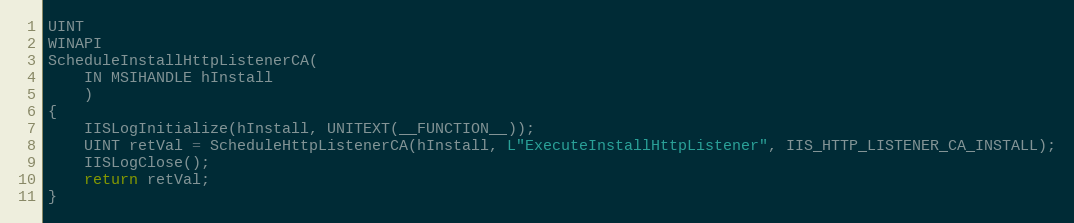
Language: C++
UINT
WINAPI
ScheduleInstallHttpListenerCA(
    IN MSIHANDLE hInstall
    )
{
    IISLogInitialize(hInstall, UNITEXT(__FUNCTION__));
    UINT retVal = ScheduleHttpListenerCA(hInstall, L"ExecuteInstallHttpListener", IIS_HTTP_LISTENER_CA_INSTALL);
    IISLogClose();
    return retVal;
}